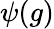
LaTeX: \psi(g)